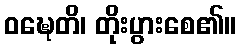
ဝဍ္ဎေတိ၊ တိုးပွားစေ၏။